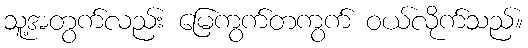
သူ့အတွက်လည်း မြေကွက်တကွက် ဝယ်လိုက်သည်။